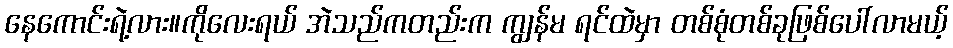
နေကောင်းရဲ့လား။ကိုလေးရယ် အဲသည်ကတည်းက ကျွန်မ ရင်ထဲမှာ တစ်စုံတစ်ခုဖြစ်ပေါ်လာမယ့်